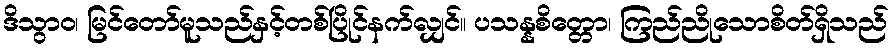
ဒိသွာဝ၊ မြင်တော်မူသည်နှင့်တစ်ပြိုင်နက်လျှင်။ ပသန္နစိတ္တော၊ ကြည်ညိုသောစိတ်ရှိသည်